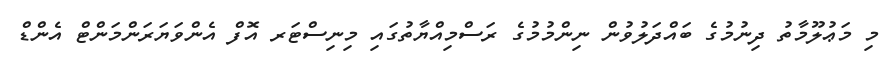
މި މަޢުލޫމާތު ދިނުމުގެ ބައްދަލުވުން ނިންމުމުގެ ރަސްމިއްޔާތުގައި މިނިސްޓަރ އޮފް އެންވަޔަރަންމަންޓް އެންޑް